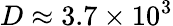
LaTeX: D\approx 3.7\times 10^{3}